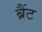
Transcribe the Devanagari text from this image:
ब्रैंट